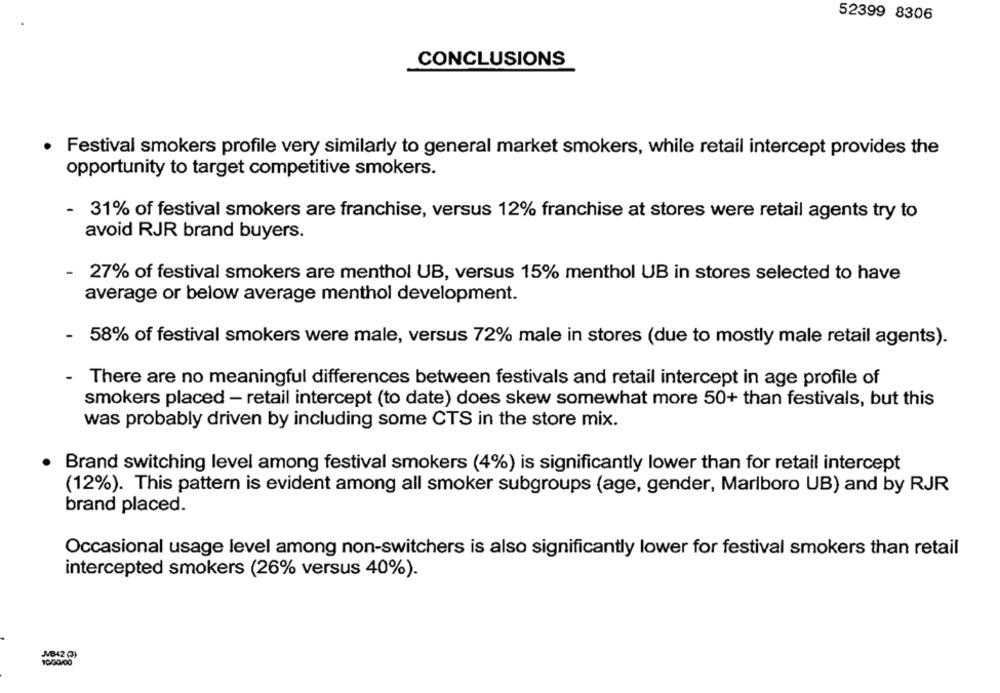
52399 8306
CONCLUSIONS
Festival smokers profile very similarly to general market smokers, while retail intercept provides the
opportunity to target competitive smokers.
- 31% of festival smokers are franchise, versus 12% franchise at stores were retail agents try to
avoid RJR brand buyers.
-
27% of festival smokers are menthol UB, versus 15% menthol UB in stores selected to have
average or below average menthol development.
- 58% of festival smokers were male, versus 72% male in stores (due to mostly male retail agents).
- There are no meaningful differences between festivals and retail intercept in age profile of
smokers placed - retail intercept (to date) does skew somewhat more 50+ than festivals, but this
was probably driven by including some CTS in the store mix.
Brand switching level among festival smokers (4%) is significantly lower than for retail intercept
(12%). This pattern is evident among all smoker subgroups (age, gender, Marlboro UB) and by RJR
brand placed.
Occasional usage level among non-switchers is also significantly lower for festival smokers than retail
intercepted smokers (26% versus 40%).
MB42 (3)
10/30/00